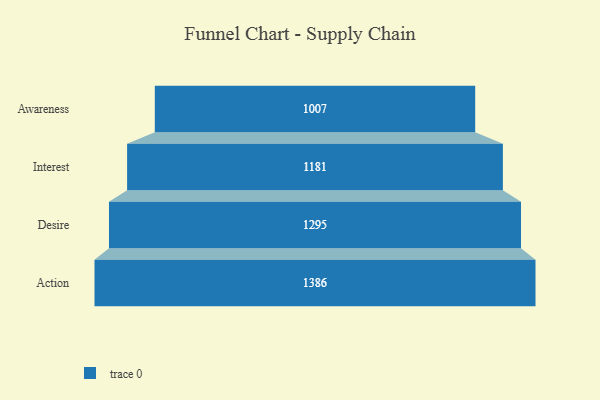
{"axis": {"x": "Stage", "y": "Value"}, "legend": [""], "data": [{"x": "Awareness", "y": 1007.0, "type": ""}, {"x": "Interest", "y": 1181.0, "type": ""}, {"x": "Desire", "y": 1295.0, "type": ""}, {"x": "Action", "y": 1386.0, "type": ""}]}